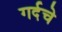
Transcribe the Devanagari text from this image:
गर्दचे